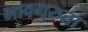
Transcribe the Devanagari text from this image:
भावगुरुता